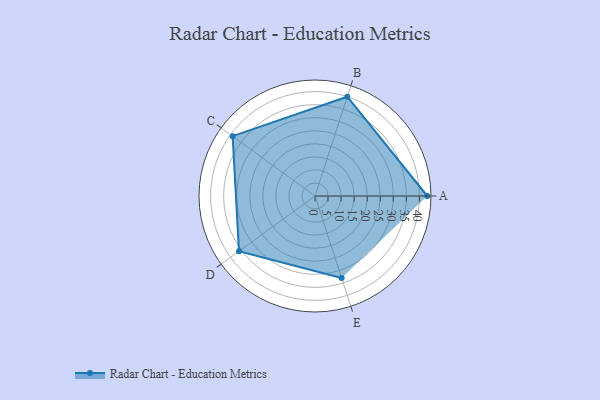
{"axis": {"x": "Skill", "y": "Score"}, "legend": ["Profile"], "data": [{"x": "A", "y": 43.0, "type": "Profile"}, {"x": "B", "y": 40.0, "type": "Profile"}, {"x": "C", "y": 39.0, "type": "Profile"}, {"x": "D", "y": 36.0, "type": "Profile"}, {"x": "E", "y": 33.0, "type": "Profile"}]}